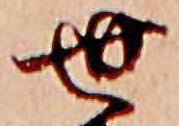
世